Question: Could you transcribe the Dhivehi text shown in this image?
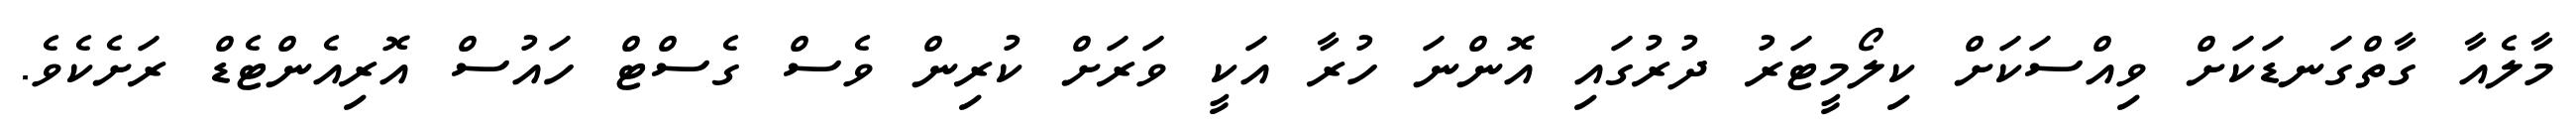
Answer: މާލެއާ ގާތްގަނޑަކަށް ވިއްސަކަށް ކިލޯމީޓަރު ދުރުގައި އޮންނަ ހުރާ އަކީ ވަރަށް ކުރިން ވެސް ގެސްޓް ހައުސް އޮރިއެންޓެޑް ރަށެކެވެ.